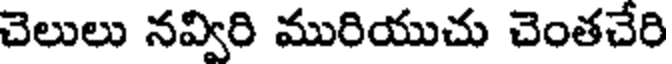
చెలులు నవ్విరి మురియుచు చెంతచేరి